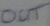
Text: OUT